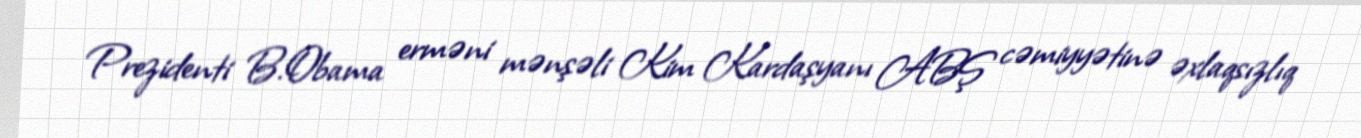
Prezidenti B.Obama erməni mənşəli Kim Kardaşyanı ABŞ cəmiyyətinə əxlaqsızlıq